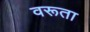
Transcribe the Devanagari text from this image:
वरूता